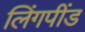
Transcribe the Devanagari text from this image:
लिंगपींड